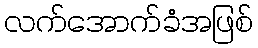
လက်အောက်ခံအဖြစ်